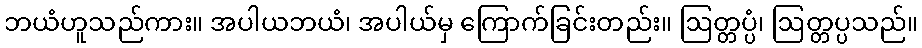
ဘယံဟူသည်ကား။ အပါယဘယံ၊ အပါယ်မှ ကြောက်ခြင်းတည်း။ ဩတ္တပ္ပံ၊ ဩတ္တပ္ပသည်။